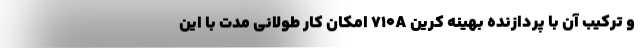
و ترکیب آن با پردازنده بهینه کرین 710A امکان کار طولانی مدت با این